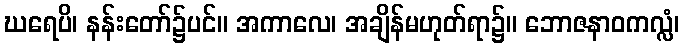
ဃရေပိ၊ နန်းတော်၌ပင်။ အကာလေ၊ အချိန်မဟုတ်ရာ၌။ ဘောဇနာဝကလ္လံ၊